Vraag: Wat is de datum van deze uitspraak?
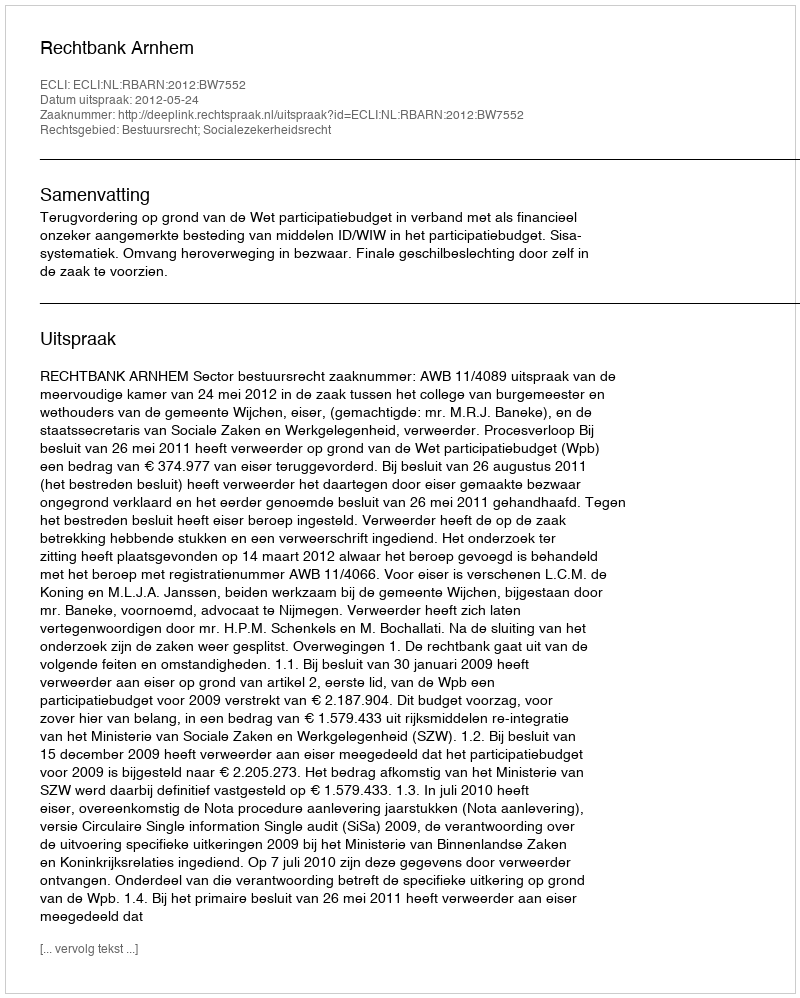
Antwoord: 2012-05-24